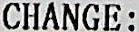
CHANGE: